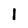
Character: i